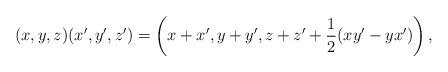
LaTeX: \begin{align*}(x,y,z)(x',y',z') = \left(x+x',y+y',z+z'+\frac{1}{2} (xy'-yx') \right) , \end{align*}